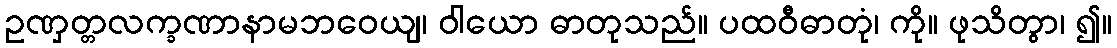
ဥဏှတ္တလက္ခဏာနာမဘဝေယျ၊ ဝါယော ဓာတုသည်။ ပထဝီဓာတုံ၊ ကို။ ဖုသိတွာ၊ ၍။